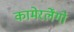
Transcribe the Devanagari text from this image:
कामेरर्लेंगो